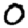
Digit: 0